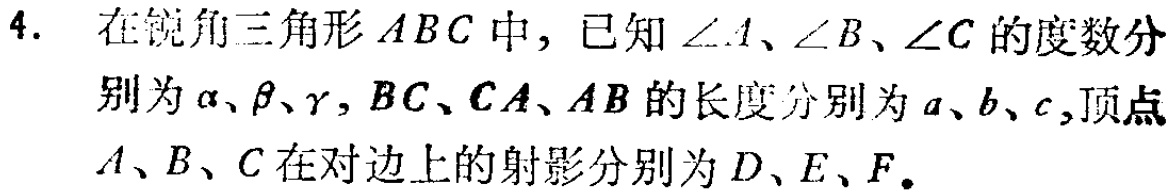
4. 在锐角三角形 \(ABC\) 中，已知 \(\angle A\)、\(\angle B\)、\(\angle C\) 的度数分别为 \(\alpha\)、\(\beta\)、\(\gamma\)，\(BC\)、\(CA\)、\(AB\) 的长度分别为 \(a\)、\(b\)、\(c\)，顶点 \(A\)、\(B\)、\(C\) 在对边上的射影分别为 \(D\)、\(E\)、\(F\)。